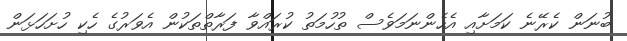
ބުނަން ކެރޭނެ ކަމަށާއި އެހެންނަމަވެސް ތުހުމަތު ކުރައްވާ ފަރާތްތަކުން އެވަރުގެ ހެކި ހުށަހަޅަން